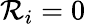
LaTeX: {\mathcal{R}}_{i}=0